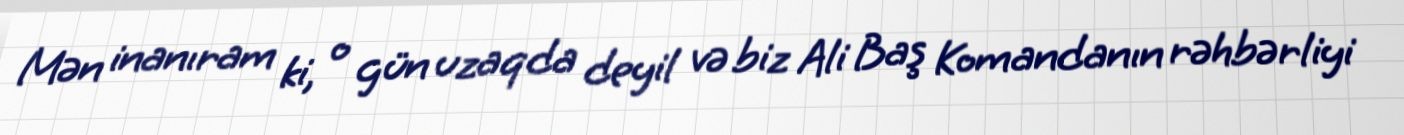
Mən inanıram ki, o gün uzaqda deyil və biz Ali Baş Komandanın rəhbərliyi